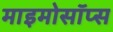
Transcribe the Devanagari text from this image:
माइमोसॉप्स